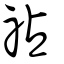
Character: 𫀅